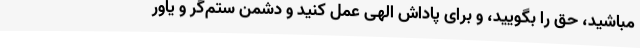
مباشید، حق را بگویید، و براى پاداش الهى عمل کنید و دشمن ستم‌گر و یاور